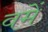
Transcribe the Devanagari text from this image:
वमें